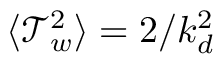
\langle \mathcal { T } _ { w } ^ { 2 } \rangle = 2 / k _ { d } ^ { 2 }